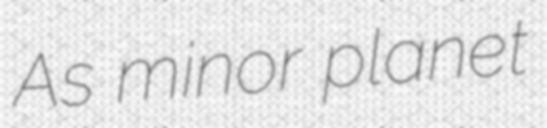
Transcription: As minor planet